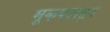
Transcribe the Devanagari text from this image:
मूकपटातून